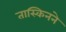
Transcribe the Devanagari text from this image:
तास्किनने